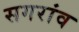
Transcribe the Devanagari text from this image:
सगरांव